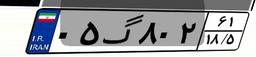
۰۵گ۸۰۲۶۱